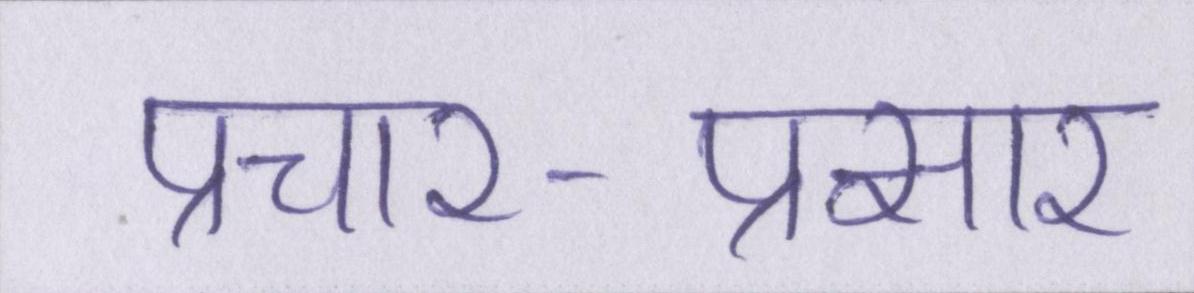
प्रचार-प्रसार